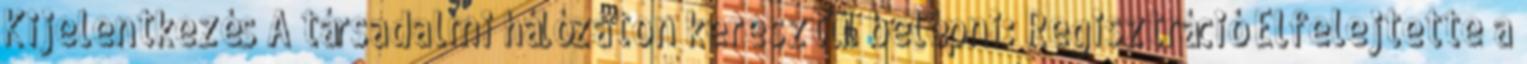
Kijelentkezés A társadalmi hálózaton keresztül belépni: Regisztráció Elfelejtette a